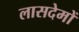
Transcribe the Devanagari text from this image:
लासदेमों